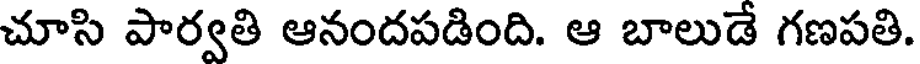
చూసి పార్వతి ఆనందపడింది. ఆ బాలుడే గణపతి.